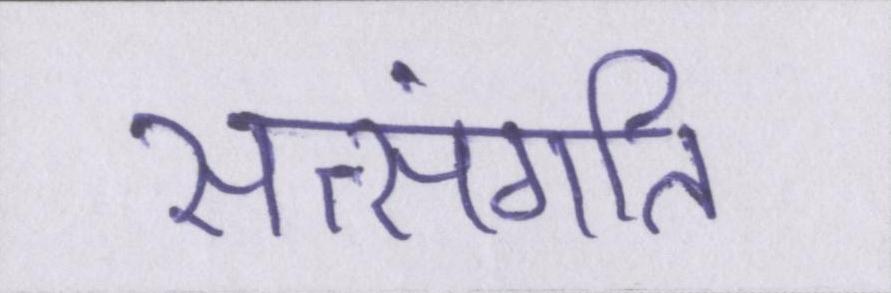
सत्संगति